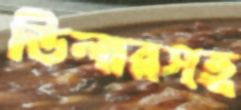
ডিলারসহ